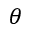
\theta